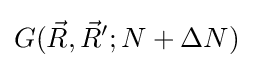
G({\vec {R}},{\vec {R}}';N+\Delta N)